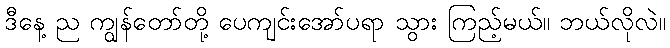
ဒီနေ့ ည ကျွန်တော်တို့ ပေကျင်းအော်ပရာ သွား ကြည့်မယ်။ ဘယ်လိုလဲ။